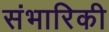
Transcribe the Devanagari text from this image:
संभारिकी